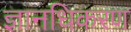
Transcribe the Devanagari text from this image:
ज्ञानधिकरण